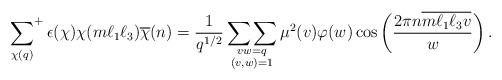
LaTeX: \begin{align*}\sideset{}{^+}\sum_{\chi(q)}\epsilon(\chi) \chi(m\ell_1 \ell_3) \overline{\chi}(n) &= \frac{1}{q^{1/2}}\mathop{\sum \sum}_{\substack{vw = q \\ (v,w)=1}} \mu^2(v)\varphi(w) \cos \left(\frac{2\pi n \overline{m \ell_1 \ell_3 v}}{w} \right).\end{align*}